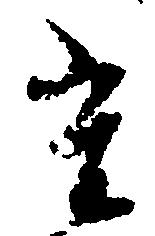
た